Annual administration report of the Civil Veterinary Department of India - 1898-1899
Year: 1898
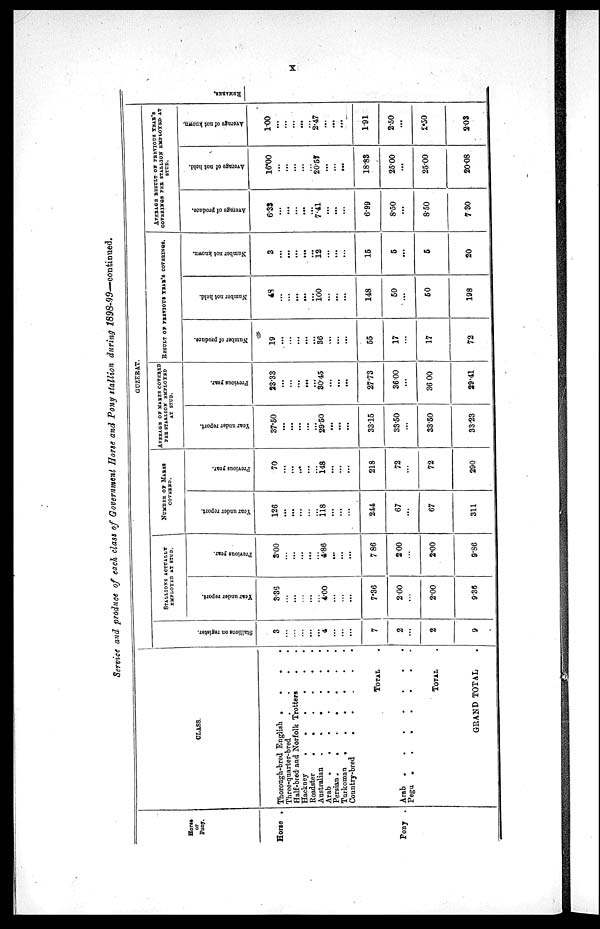
X
Service and produce of each class of Government Horse and Pony stallion during
1898-99—continued.
Horse
or
Pony.
Horse .
Pony .
CLASS.
Thorough.bred English . . .
Three.quarter-bred . . . .
Half.bred and Norfolk Trotters . .
Hackney
.
.
.
.
.
Roadster
.
.
.
.
.
Australian
.
. . . .
Arab .
.
.
.
.
.
Persian .
.
.
.
.
.
Turkoman
.
.
.
.
.
Country-bred
.
.
.
.
TOTAL
.
Arab .
.
.
.
.
.
Pegu .
.
.
.
.
.
.
TOTAL
.
GRAND
TOTAL.
GUZERAT.
St al l
i
ons on register.
3
...
...
...
...
...
4
...
...
...
7
2
...
2
9
STALLIONS ACTUALLY
EMPLOYED AT STUD.
Year under report.
3.36
...
...
...
...
...
4.00
...
...
...
7.36
2.00
...
2.00
9.36
Pr evi ous year .
3.00
...
...
...
...
...
4.86
...
...
...
7.86
2.00
...
2.00
9.86
NUMBER OF MARES
COVERED.
Year under report.
126
...
...
...
...
...
118
...
...
...
244
67
...
67
311
Pr evi ous year.
70
...
...
...
...
...
148
...
...
...
218
72
...
72
290
AVERAGE OF MARES COVERED
PER STALLION EMPLOYED
AT STUD.
Year under report.
37.50
...
...
...
...
...
29.50
...
...
...
33.15
33.50
...
33.50
33.23
Pr evi ous year .
23.33
...
...
...
...
...
30.45
...
...
...
27.73
36.00
...
36.00
29.41
RESULT OF PREVIOUS YEAR'S COVERINGS.
Nu mb e r of produce.
19
...
...
...
...
...
36
...
...
...
55
17
...
17
72
Nu mb e r not hel d.
43
...
...
...
...
...
100
...
...
...
148
50
...
50
198
Nu mb e r not known.
3
...
...
...
...
...
12
...
...
...
15
5
...
5
20
AVERAGE RESULT OF PREVIOUS YEAR'S
COVERINGS PER STALLION EMPLOYED AT
STUD.
Aver age of pr oduce.
6.33
...
...
...
...
...
7.41
...
...
...
6.99
8.50
...
8.50
7 30
Aver age of not hel d.
16.00
...
...
...
...
...
20.57
...
...
...
18.83
25.00
...
25.00
20.08
Ave r
a ge of not known.
1.00
...
...
...
...
...
2.47
...
...
...
1.91
2.50
...
2.50
2.03
REMARKS.